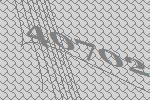
40702